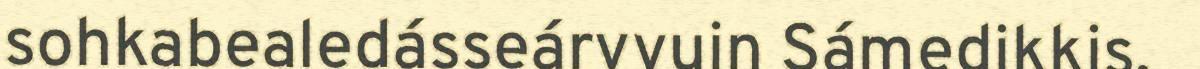
sohkabealedásseárvvuin Sámedikkis.